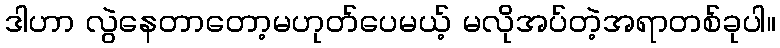
ဒါဟာ လွဲနေတာတော့မဟုတ်ပေမယ့် မလိုအပ်တဲ့အရာတစ်ခုပါ။